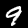
Label: 9